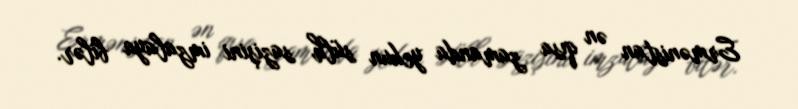
Ermənistan ən qısa zamanda yekun sülh sazişini imzalaya bilər.